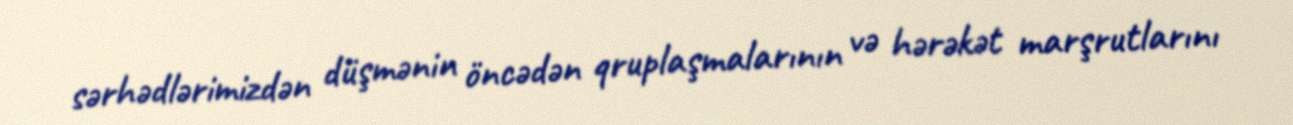
sərhədlərimizdən düşmənin öncədən qruplaşmalarının və hərəkət marşrutlarını